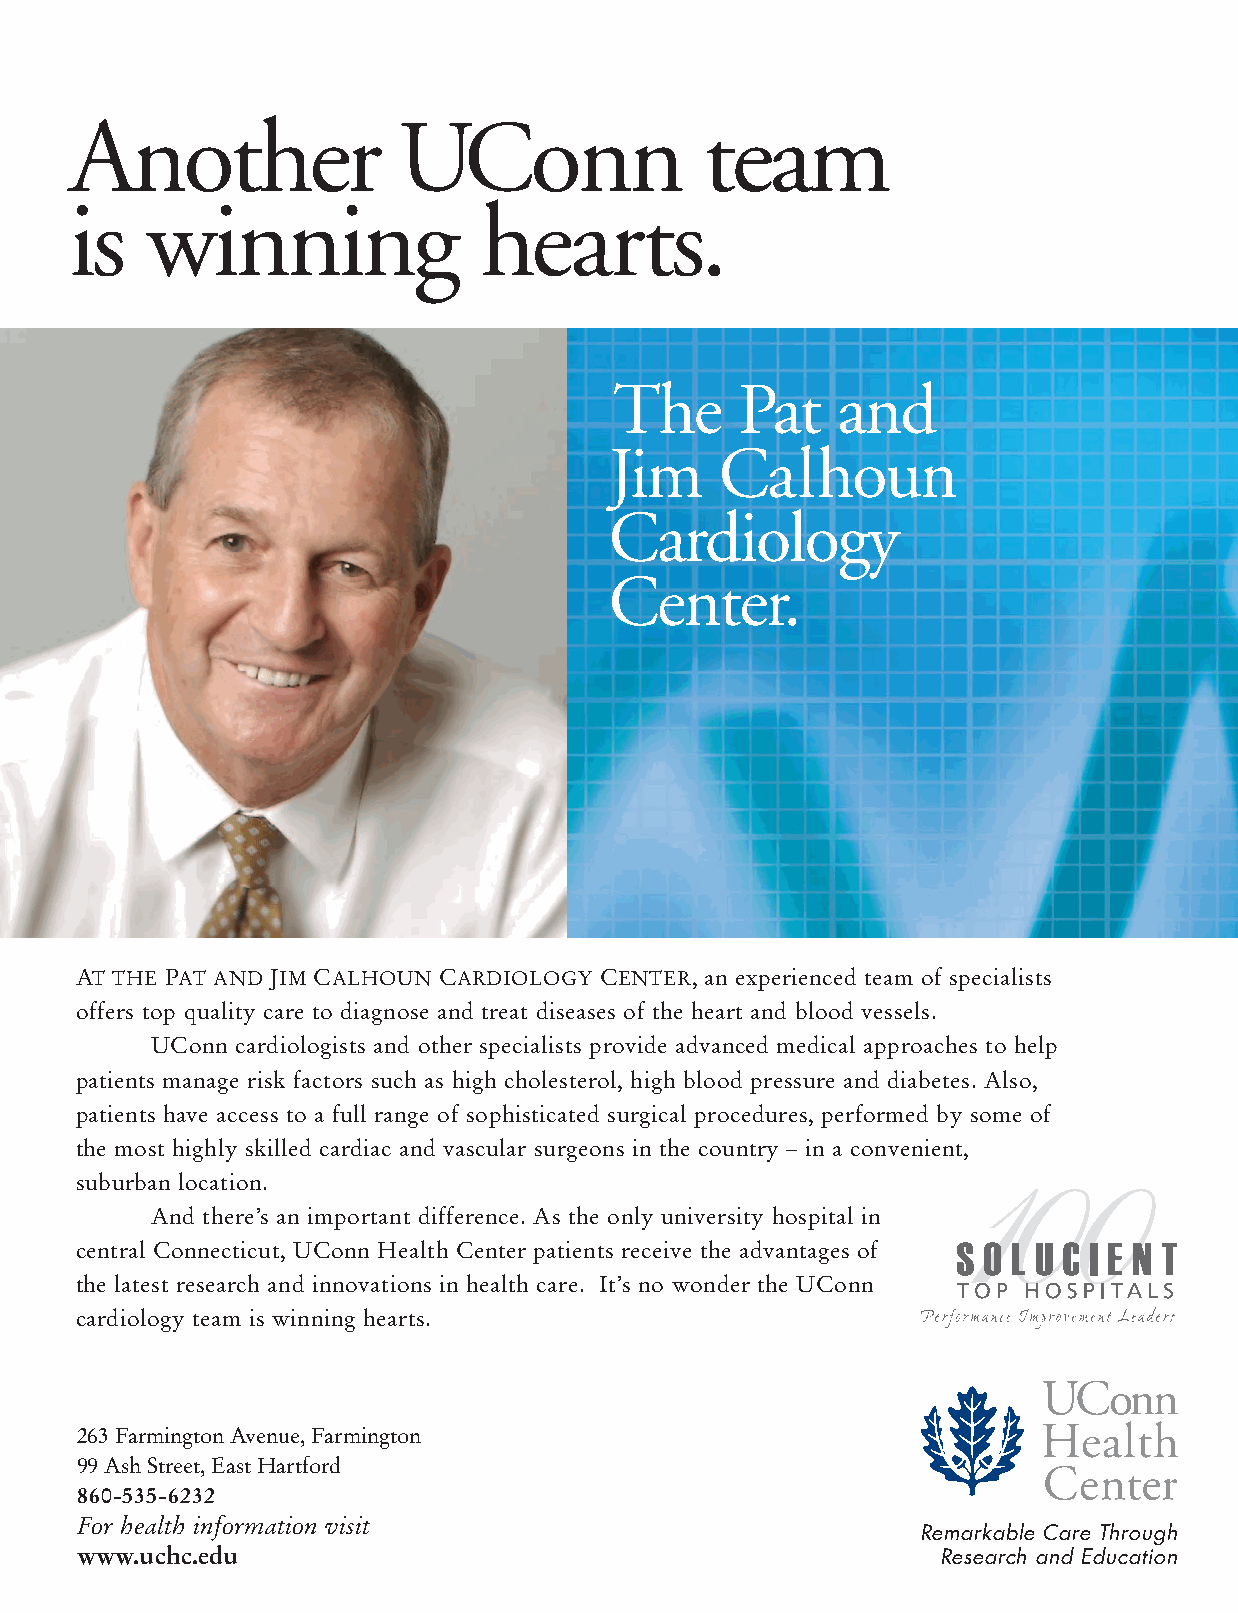
Another               UConn               team
 is   winning               hearts.
 The     Pat    and
 Jim     Calhoun
 Cardiology
 Center.
 AT THE PAT AND JIM CALHOUN CARDIOLOGY CENTER, an experienced team of specialists
 offers top quality care to diagnose and treat diseases of the heart and blood vessels.
 UConn cardiologists and other specialists provide advanced medical approaches to help
 patients manage risk factors such as high cholesterol, high blood pressure and diabetes. Also,
 patients have access to a full range of sophisticated surgical procedures, performed by some of
 the most highly skilled cardiac and vascular surgeons in the country – in a convenient,
 suburban location.
 And there’s an important difference. As the only university hospital in
 central Connecticut, UConn Health Center patients receive the advantages of
 the latest research and innovations in health care. It’s no wonder the UConn
 cardiology team is winning hearts.
 263 Farmington Avenue, Farmington
 99 Ash Street, East Hartford
 860-535-6232
 For health information visit
 Remarkable Care Through
 www.uchc.edu                                             Research and Education